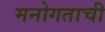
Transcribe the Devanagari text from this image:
मनोगताची